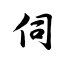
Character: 伺